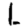
Digit: 1